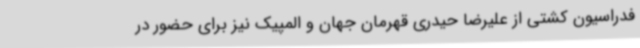
فدراسیون کشتی از علیرضا حیدری قهرمان جهان و المپیک نیز برای حضور در